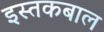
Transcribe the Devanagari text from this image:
इस्तकबाल